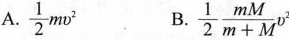
A. \frac{1}{2}mv^{2} B.\frac{1}{2}\frac{mM}{m+M}v^{2}